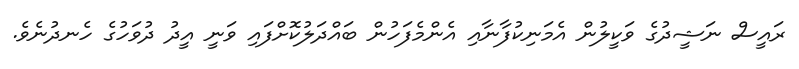
ރައީސް ނަޝީދުގެ ވަކީލުން އެމަނިކުފާނާއި އެންމެފަހުން ބައްދަލުކޮށްފައި ވަނީ އީދު ދުވަހުގެ ހެނދުނެވެ.